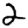
Digit: 2